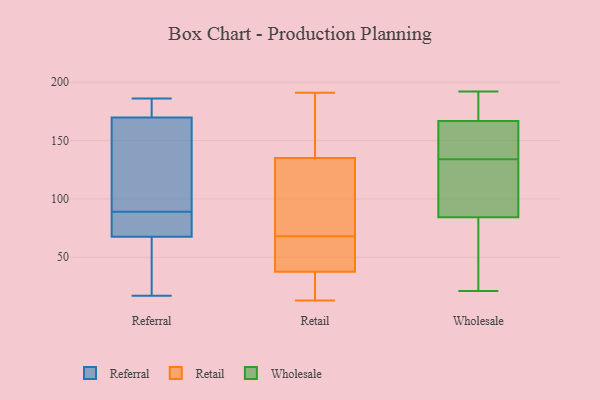
{"axis": {"x": "Tickets Resolved", "y": "Value"}, "legend": ["Referral", "Retail", "Wholesale"], "data": [{"x": "", "y": 60, "type": "Referral"}, {"x": "", "y": 169, "type": "Referral"}, {"x": "", "y": 178, "type": "Referral"}, {"x": "", "y": 70, "type": "Referral"}, {"x": "", "y": 80, "type": "Referral"}, {"x": "", "y": 186, "type": "Referral"}, {"x": "", "y": 40, "type": "Referral"}, {"x": "", "y": 161, "type": "Referral"}, {"x": "", "y": 89, "type": "Referral"}, {"x": "", "y": 169, "type": "Referral"}, {"x": "", "y": 17, "type": "Referral"}, {"x": "", "y": 172, "type": "Referral"}, {"x": "", "y": 72, "type": "Referral"}, {"x": "", "y": 13, "type": "Retail"}, {"x": "", "y": 67, "type": "Retail"}, {"x": "", "y": 69, "type": "Retail"}, {"x": "", "y": 67, "type": "Retail"}, {"x": "", "y": 142, "type": "Retail"}, {"x": "", "y": 128, "type": "Retail"}, {"x": "", "y": 186, "type": "Retail"}, {"x": "", "y": 82, "type": "Retail"}, {"x": "", "y": 21, "type": "Retail"}, {"x": "", "y": 112, "type": "Retail"}, {"x": "", "y": 62, "type": "Retail"}, {"x": "", "y": 20, "type": "Retail"}, {"x": "", "y": 44, "type": "Retail"}, {"x": "", "y": 191, "type": "Retail"}, {"x": "", "y": 31, "type": "Retail"}, {"x": "", "y": 156, "type": "Retail"}, {"x": "", "y": 177, "type": "Wholesale"}, {"x": "", "y": 192, "type": "Wholesale"}, {"x": "", "y": 134, "type": "Wholesale"}, {"x": "", "y": 21, "type": "Wholesale"}, {"x": "", "y": 155, "type": "Wholesale"}, {"x": "", "y": 172, "type": "Wholesale"}, {"x": "", "y": 165, "type": "Wholesale"}, {"x": "", "y": 76, "type": "Wholesale"}, {"x": "", "y": 155, "type": "Wholesale"}, {"x": "", "y": 97, "type": "Wholesale"}, {"x": "", "y": 87, "type": "Wholesale"}, {"x": "", "y": 109, "type": "Wholesale"}, {"x": "", "y": 64, "type": "Wholesale"}]}